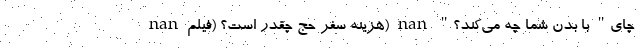
nan هزینه سفر حج چقدر است؟ (فیلم) nan "چای" با بدن شما چه می‌کند؟